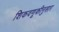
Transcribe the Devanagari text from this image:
शिकवणूकीनुसार